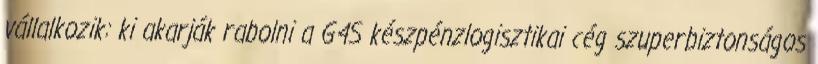
vállalkozik: ki akarják rabolni a G4S készpénzlogisztikai cég szuperbiztonságos